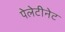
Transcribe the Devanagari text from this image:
पेलेटीनेट